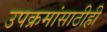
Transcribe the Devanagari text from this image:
उपक्रमांसाठीही